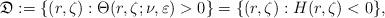
LaTeX: \begin{align*}\mathfrak{D}:=\{(r,\zeta): \Theta(r,\zeta;\nu,\varepsilon)>0\}=\{(r,\zeta) : H(r,\zeta)<0\},\end{align*}